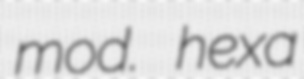
mod. hexa